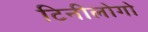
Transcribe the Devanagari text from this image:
टिनीलोगो